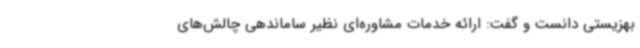
بهزیستی دانست و گفت:‌ ارائه خدمات مشاوره‌ای نظیر ساماندهی چالش‌های